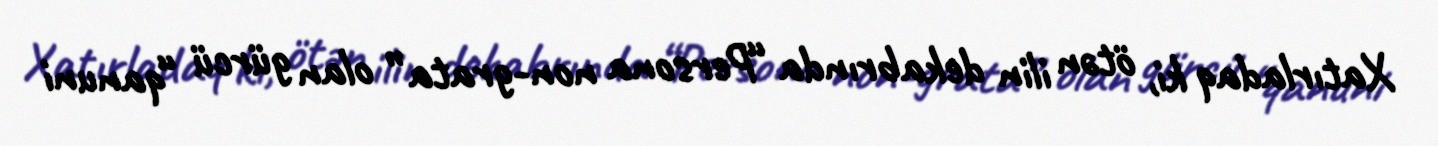
Xatırladaq ki, ötən ilin dekabrında “Persona non-grata” olan gürcü “qanuni